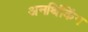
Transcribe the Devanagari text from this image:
अनथिंकिंग